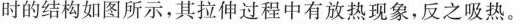
时的结构如图所示，其拉伸过程中有放热现象，反之吸热。